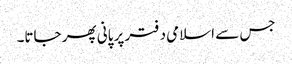
جس سے اسلامی دفتر پر پانی پھر جاتا۔